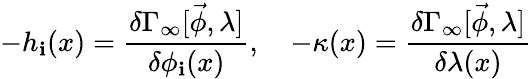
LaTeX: -h_{\mathbf{i}}(x)=\frac{{\delta\Gamma_{\infty}[\vec{{\phi}},\lambda]}}{{\delta\phi_{\mathbf{i}}(x)}},\quad-\kappa(x)=\frac{{\delta\Gamma_{\infty}[\vec{{\phi}},\lambda]}}{{\delta\lambda(x)}}